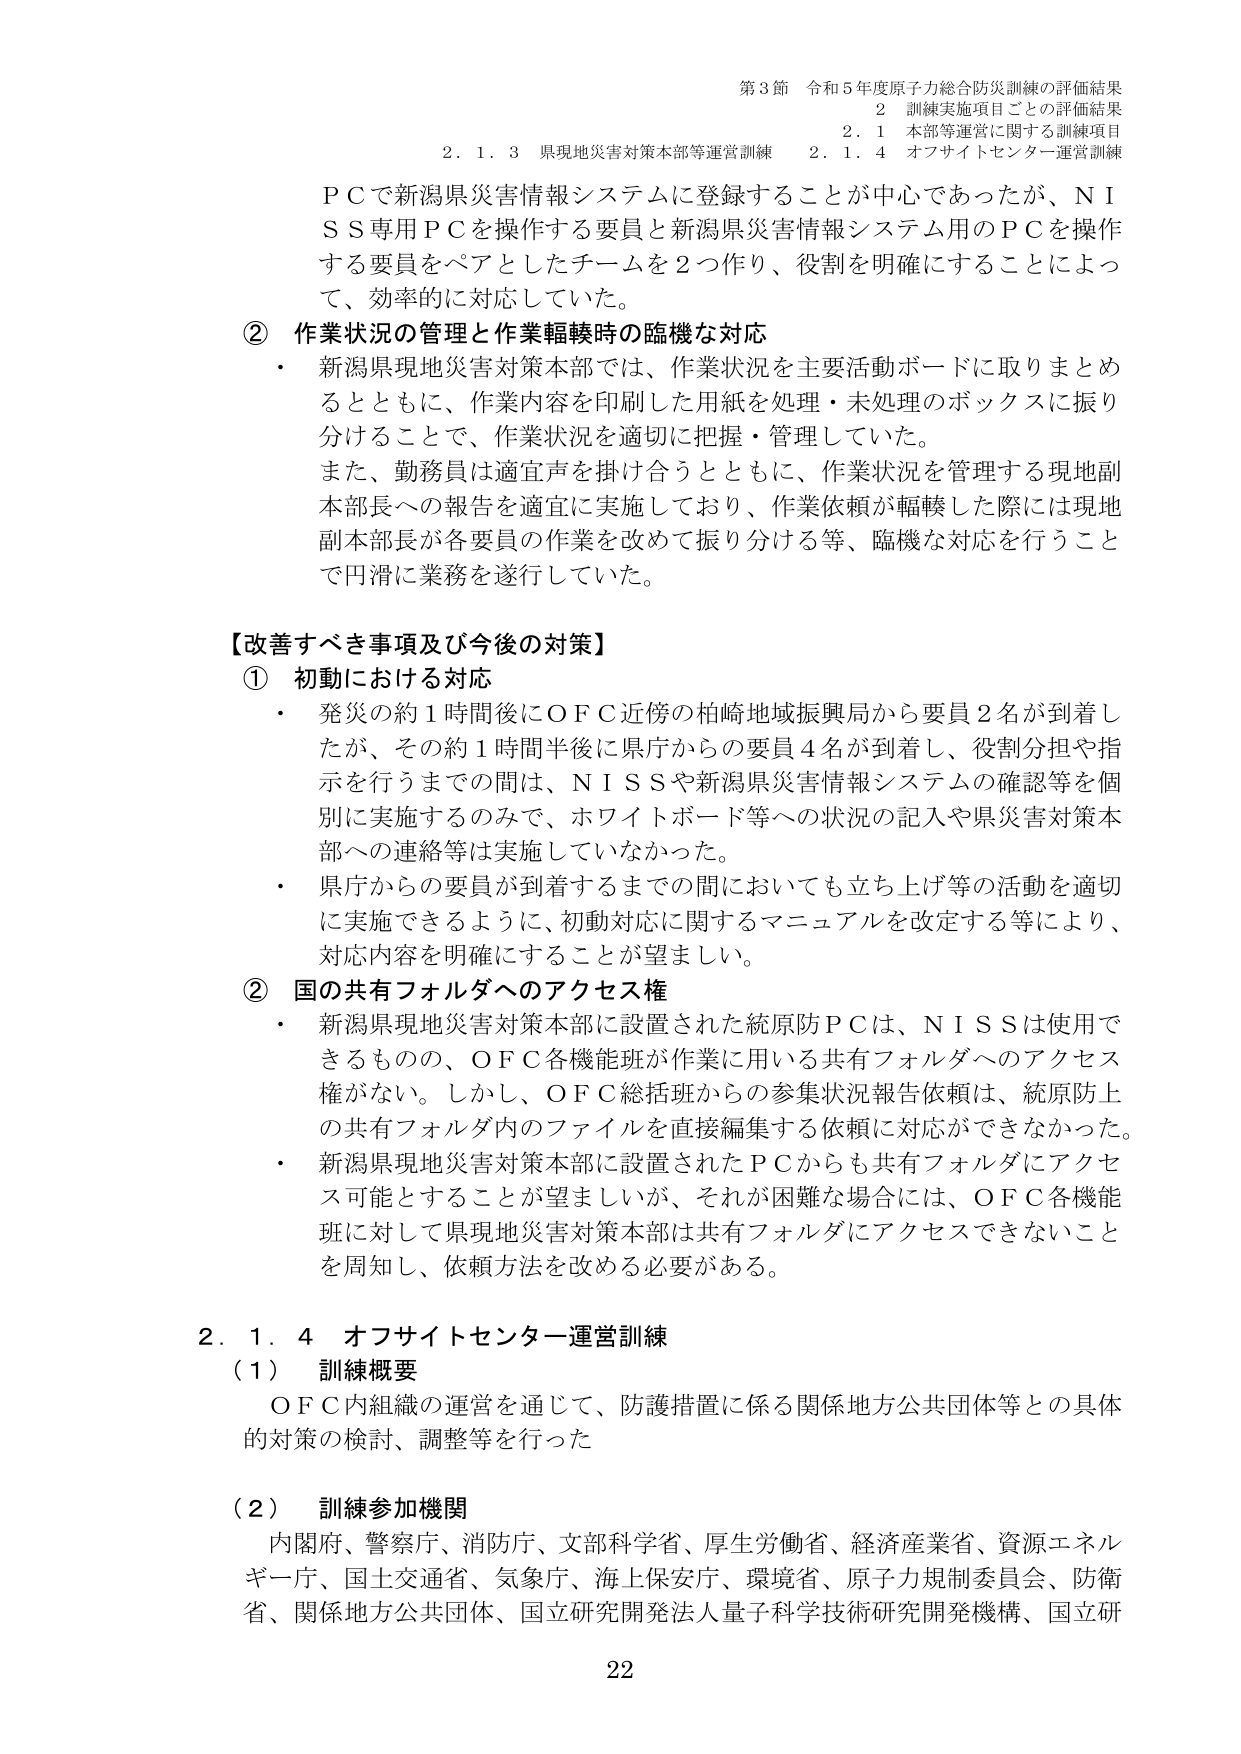
第3節 令和5年度原子力総合防災訓練の評価結果
2 訓練実施項目ごとの評価結果
2.1 本部等運営に関する訓練項目
2.1.3 県現地災害対策本部等運営訓練 2.1.4 オフサイトセンター運営訓練

ＰＣで新潟県災害情報システムに登録することが中心であったが、ＮＩＳＳ専用ＰＣを操作する要員と新潟県災害情報システム用のＰＣを操作する要員をペアとしたチームを2つ作り、役割を明確にすることによって、効率的に対応していた。

② 作業状況の管理と作業輻輳時の臨機な対応
・ 新潟県現地災害対策本部では、作業状況を主要活動ボードに取りまとめるとともに、作業内容を印刷した用紙を処理・未処理のボックスに振り分けることで、作業状況を適切に把握・管理していた。
また、勤務員は適宜声を掛け合うとともに、作業状況を管理する現地副本部長への報告を適宜に実施しており、作業依頼が輻輳した際には現地副本部長が各要員の作業を改めて振り分ける等、臨機な対応を行うことで円滑に業務を遂行していた。

【改善すべき事項及び今後の対策】
① 初動における対応
・ 発災の約1時間後にＯＦＣ近傍の柏崎地域振興局から要員2名が到着したが、その約1時間半後に県庁からの要員4名が到着し、役割分担や指示を行うまでの間は、ＮＩＳＳや新潟県災害情報システムの確認等を個別に実施するのみで、ホワイトボード等への状況の記入や県災害対策本部への連絡等は実施していなかった。
・ 県庁からの要員が到着するまでの間においても立ち上げ等の活動を適切に実施できるように、初動対応に関するマニュアルを改定する等により、対応内容を明確にすることが望ましい。

② 国の共有フォルダへのアクセス権
・ 新潟県現地災害対策本部に設置された統原防ＰＣは、ＮＩＳＳは使用できるものの、ＯＦＣ各機能班が作業に用いる共有フォルダへのアクセス権がない。しかし、ＯＦＣ総括班からの参集状況報告依頼は、統原防上の共有フォルダ内のファイルを直接編集する依頼に対応ができなかった。
・ 新潟県現地災害対策本部に設置されたＰＣからも共有フォルダにアクセス可能とすることが望ましいが、それが困難な場合には、ＯＦＣ各機能班に対して県現地災害対策本部は共有フォルダにアクセスできないことを周知し、依頼方法を改める必要がある。

2.1.4 オフサイトセンター運営訓練
（1） 訓練概要
ＯＦＣ内組織の運営を通じて、防護措置に係る関係地方公共団体等との具体的対策の検討、調整等を行った

（2） 訓練参加機関
内閣府、警察庁、消防庁、文部科学省、厚生労働省、経済産業省、資源エネルギー庁、国土交通省、気象庁、海上保安庁、環境省、原子力規制委員会、防衛省、関係地方公共団体、国立研究開発法人量子科学技術研究開発機構、国立研

22